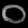
Digit: ၀